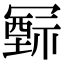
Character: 𥛛